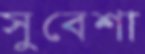
সুবেশা